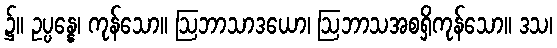
၌။ ဥပ္ပန္နေ၊ ကုန်သော။ ဩဘာသာဒယော၊ ဩဘာသအစရှိကုန်သော။ ဒသ၊